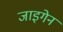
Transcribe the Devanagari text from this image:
जाइगेन